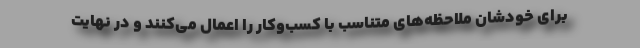
برای خودشان ملاحظه‌های متناسب با کسب‌وکار را اعمال می‌کنند و در نهایت